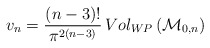
\begin{align*}v_n =\frac{(n-3)!}{\pi^{2(n-3)}} \,Vol_{WP}\left({\cal M}_{0,n}\right)\end{align*}